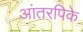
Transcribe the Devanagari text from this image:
आंतरपिके